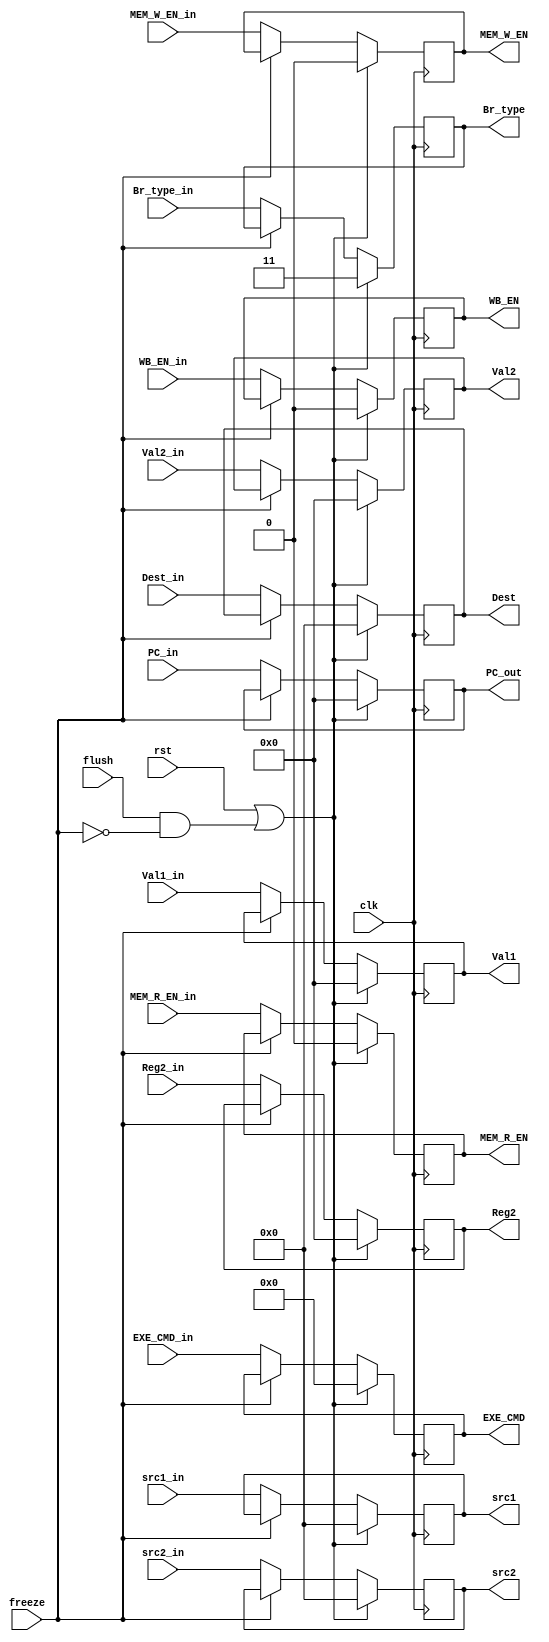
module ID_Stage_reg (
          input clk,
          input rst,
          input flush,
          input [4:0] Dest_in,
          input [31:0] Reg2_in,
          input [31:0] Val2_in,
          input [31:0] Val1_in,
          input [31:0] PC_in,
          input [1:0] Br_type_in,
          input [3:0] EXE_CMD_in,
          input MEM_R_EN_in,
          input MEM_W_EN_in,
          input WB_EN_in,
          input [4:0] src1_in,
          input [4:0] src2_in,
          input freeze,

          output reg [4:0] Dest,
          output reg [31:0] Reg2,
          output reg [31:0] Val2,
          output reg [31:0] Val1,
          output reg [31:0] PC_out,
          output reg [1:0] Br_type,
          output reg [3:0] EXE_CMD,
          output reg MEM_R_EN,
          output reg MEM_W_EN,
          output reg WB_EN,
          output reg [4:0] src1,
          output reg [4:0] src2
     );

     always @(posedge clk) begin
        if(rst | (flush & !freeze)) begin
            Dest <= 5'b0;
            Reg2 <= 32'b0;
            Val2 <= 32'b0;
            Val1 <= 32'b0;
            PC_out <= 32'b0;
            Br_type <= 2'b11;
            EXE_CMD <= 4'b0;
            MEM_R_EN <= 1'b0;
            src1 <= 5'b0;
            MEM_W_EN <= 1'b0;
            src2 <= 5'b0;
            WB_EN <= 1'b0;
        end
        else if(!freeze) begin
            Dest <= Dest_in;
            Reg2 <= Reg2_in;
            Val2 <= Val2_in;
            Val1 <= Val1_in;
            PC_out <= PC_in;
            Br_type <= Br_type_in;
            EXE_CMD <= EXE_CMD_in;
            MEM_R_EN <= MEM_R_EN_in;
            src1 <= src1_in;
            MEM_W_EN <= MEM_W_EN_in;
            src2 <= src2_in;
            WB_EN <= WB_EN_in;
        end
     end

endmodule // ID_Stage_reg